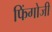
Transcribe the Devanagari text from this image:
फिंगोजी